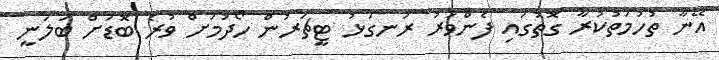
އޭނާ ތުހުމަތުކުރާ ގޮތުގައި ފެންވަރު ރަނގަޅު ޓީޗަރުން ހޯދުމަށް ވުރެ ބޮޑަށް ބަލަނީ